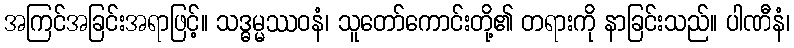
အကြင်အခြင်းအရာဖြင့်။ သဒ္ဓမ္မဿဝနံ၊ သူတော်ကောင်းတို့၏ တရားကို နာခြင်းသည်။ ပါဏီနံ၊